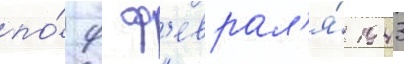
по́ 9 ф'еврал'я́ 1943